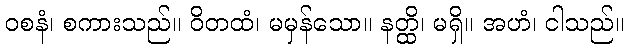
ဝစနံ၊ စကားသည်။ ဝိတထံ၊ မမှန်သော။ နတ္ထိ၊ မရှိ။ အဟံ၊ ငါသည်။